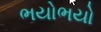
ભયોભયો